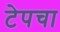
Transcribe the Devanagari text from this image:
टेपचा